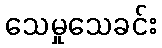
သေမှုသေခင်း